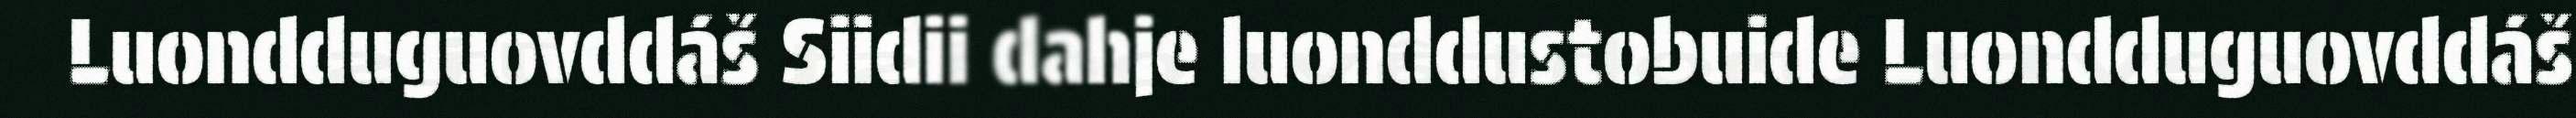
Luondduguovddáš Siidii dahje luonddustobuide Luondduguovddáš